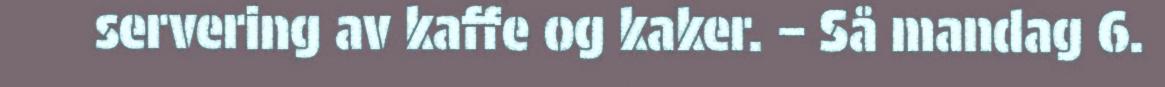
servering av kaffe og kaker. – Så mandag 6.